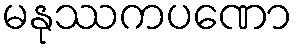
မနုဿကပဏော